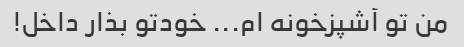
من تو آشپزخونه ام... خودتو بذار داخل!